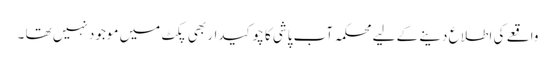
واقعے کی اطلاع دینے کے لیے محکمہ آب پاشی کا چوکیدار بھی پِکٹ میں موجود نہیں تھا ۔